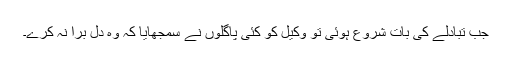
جب تبادلے کی بات شروع ہوئی تو وکیل کو کئی پاگلوں نے سمجھایا کہ وہ دل بُرا نہ کرے۔